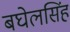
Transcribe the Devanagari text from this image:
बघेलसिंह